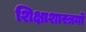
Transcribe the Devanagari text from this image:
शिक्षाशास्त्रयों